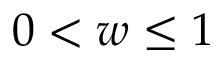
0 < w \le 1